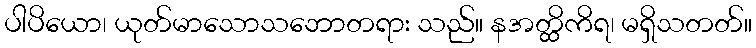
ပါပိယော၊ ယုတ်မာသောသဘောတရား သည်။ နအတ္ထိကိရ၊ မရှိသတတ်။